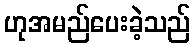
ဟုအမည်ပေးခဲ့သည်